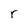
Character: r